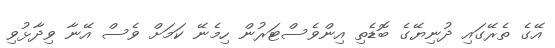
އޭގެ ތެރޭގައި ދުނިޔޭގެ ބޮޑެތި އިންވެސްޓަރުން ހިމެނޭ ކަމަށް ވެސް އޭނާ ވިދާޅުވި